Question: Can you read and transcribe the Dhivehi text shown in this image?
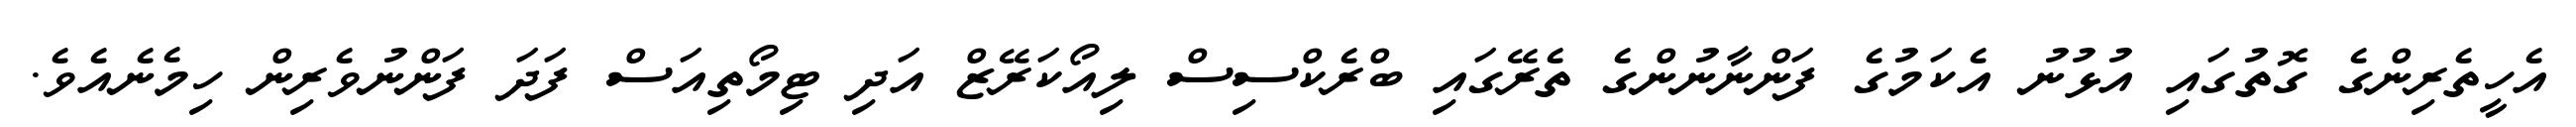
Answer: އެހީތެރިންގެ ގޮތުގައި އުޅުނު އެކަމުގެ ފަންނާނުންގެ ތެރޭގައި ބްރެކްސިސް ލިއޯކަރޭޒް އަދި ޓިމޯތިއަސް ފަދަ ފަންނުވެރިން ހިމެނެއެވެ.